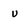
Character: v